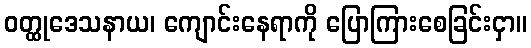
ဝတ္ထုဒေသနာယ၊ ကျောင်းနေရာကို ပြောကြားစေခြင်းငှာ။